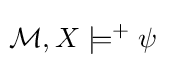
\!{\mathcal {M}},X\models ^{+}\psi